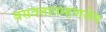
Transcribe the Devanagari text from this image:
बसवतातम्हणजेच